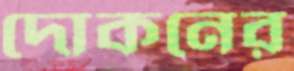
দোকনের